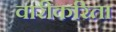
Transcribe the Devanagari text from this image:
वारीकरिता